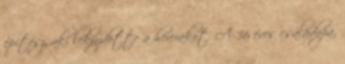
építész, aki leküzdötte a hererákot. A 36 éves családapa,